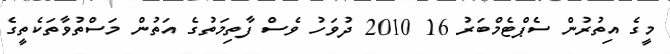
މީގެ އިތުރުން ސެޕްޓެމްބަރު 16 2010 ދުވަހު ވެސް ފާތިމަތުގެ އަތުން މަސްތުވާތަކެތީގެ